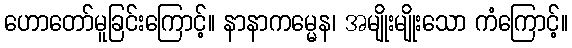
ဟောတော်မူခြင်းကြောင့်။ နာနာကမ္မေန၊ အမျိုးမျိုးသော ကံကြောင့်။